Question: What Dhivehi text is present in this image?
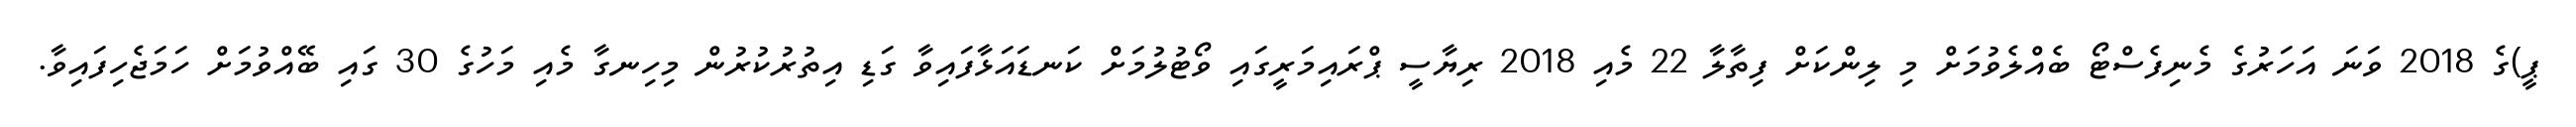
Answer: ޕީ)ގެ 2018 ވަނަ އަހަރުގެ މެނިފެސްޓޯ ބެއްލެވުމަށް މި ލިންކަށް ފިތާލާ 22 މެއި 2018 ރިޔާސީ ޕްރައިމަރީގައި ވޯޓުލުމަށް ކަނޑައަޅާފައިވާ ގަޑި އިތުރުކުރުން މިހިނގާ މެއި މަހުގެ 30 ގައި ބޭއްވުމަށް ހަމަޖެހިފައިވާ.